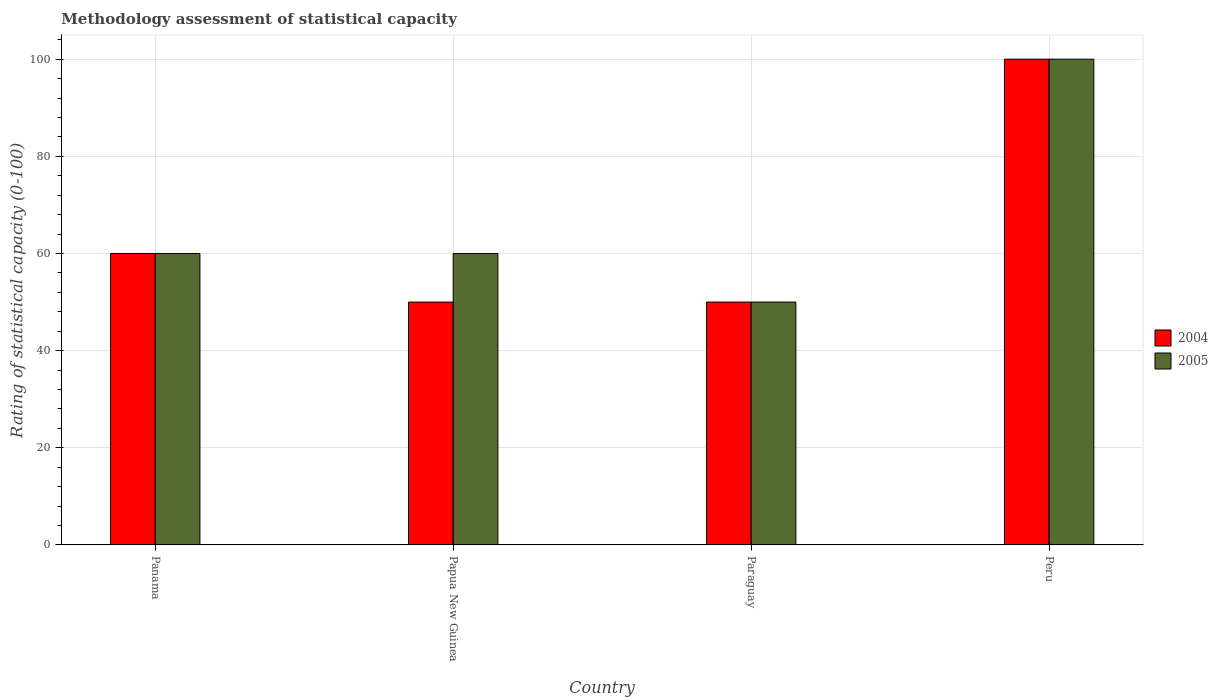
| Country | 2004 | 2005 |
 | --- | --- | --- |
 | Panama | 60 | 60 |
 | Papua New Guinea | 50 | 60 |
 | Paraguay | 50 | 50 |
 | Peru | 100 | 100 |